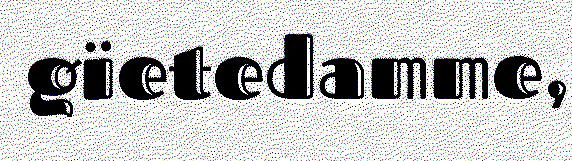
gïetedamme,